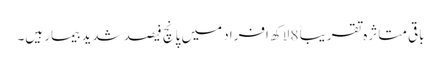
باقی متاثرہ تقریباً 8 لاکھ افراد میں پانچ فیصد شدید بیمار ہیں۔